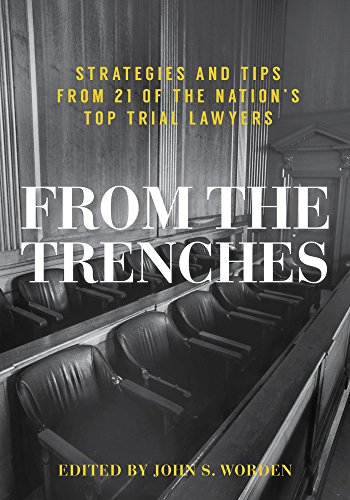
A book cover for From the Trenches: Strategies and Tips from 21 of the Nation's Top Trial Lawyers; Law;